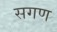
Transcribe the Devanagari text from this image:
सगण